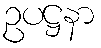
ဥပဋ္ဌနာ